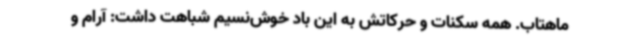
ماهتاب. همه سکنات و حرکاتش به این باد خوش‌نسیم شباهت داشت: آرام و